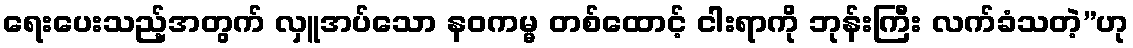
ရေးပေးသည့်အတွက် လှူအပ်သော နဝကမ္မ တစ်ထောင့် ငါးရာကို ဘုန်းကြီး လက်ခံသတဲ့”ဟု